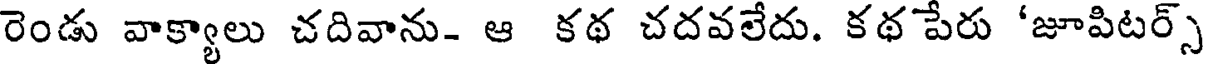
రెండు వాక్యాలు చదివాను- ఆ కథ చదవలేదు. కథ పేరు 'జూపిటర్స్